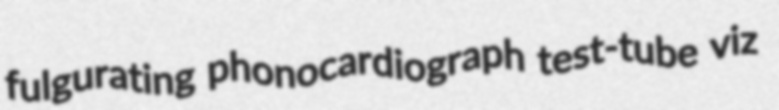
fulgurating phonocardiograph test-tube viz